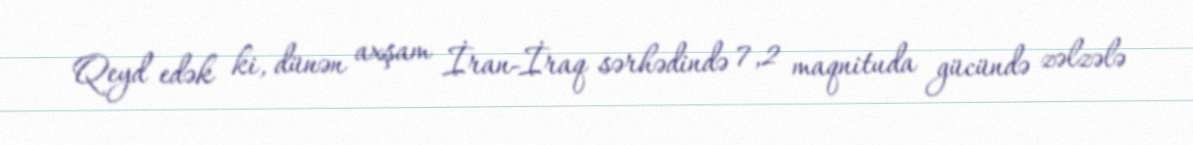
Qeyd edək ki, dünən axşam İran-İraq sərhədində 7,2 maqnituda gücündə zəlzələ